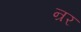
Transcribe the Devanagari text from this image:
न्रर